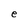
Character: C